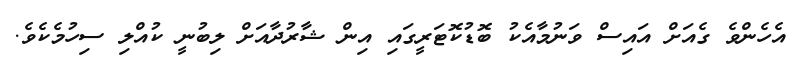
އެހެންވެ ގެއަށް އައިސް ވަނުމާއެކު ބޮޑުކޮޓަރީގައި އިން ޝާރުދާއަށް ލިބުނީ ކުއްލި ސިހުމެކެވެ.